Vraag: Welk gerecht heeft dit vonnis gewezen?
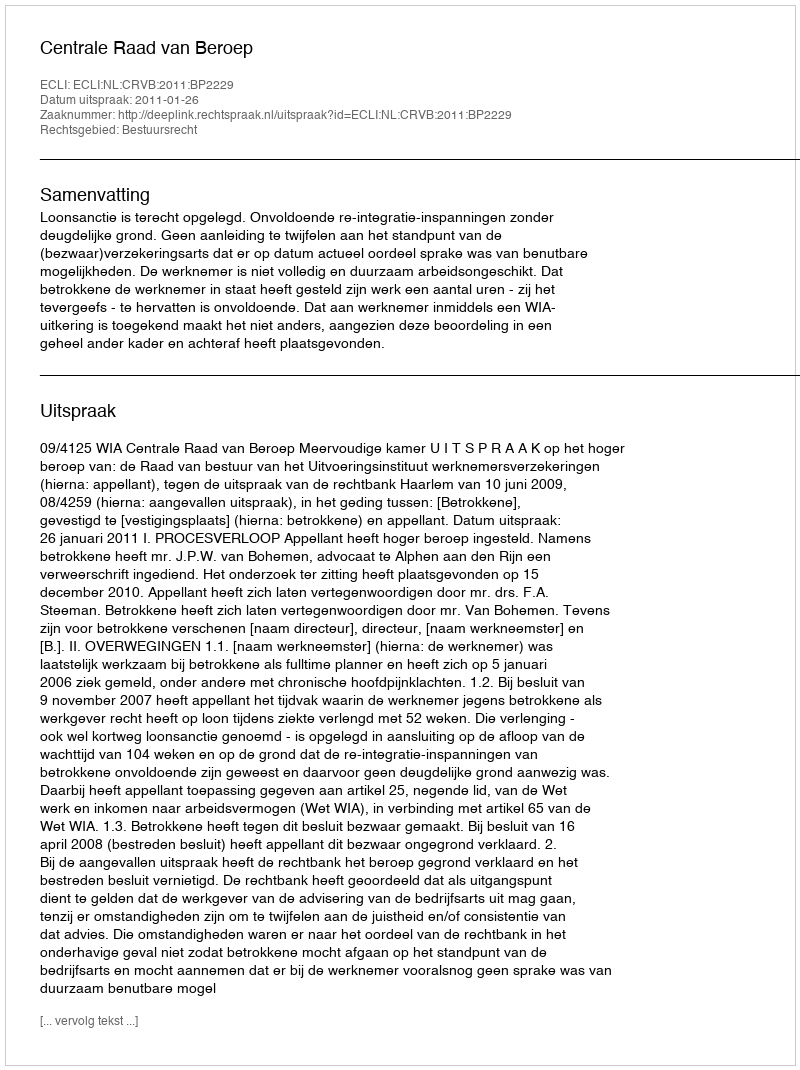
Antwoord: Centrale Raad van Beroep